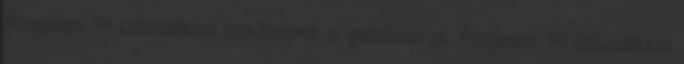
Átlagosan 19 százalékkal csökkentek a gabonaárak Átlagosan 19 százalékkal